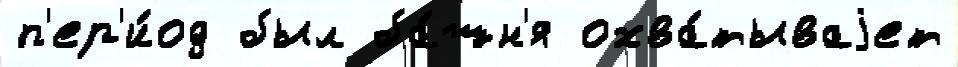
п'ер'и́од был ба́шн'я охва́тываjет